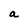
Character: a